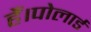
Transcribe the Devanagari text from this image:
हैं।पोलार्ड